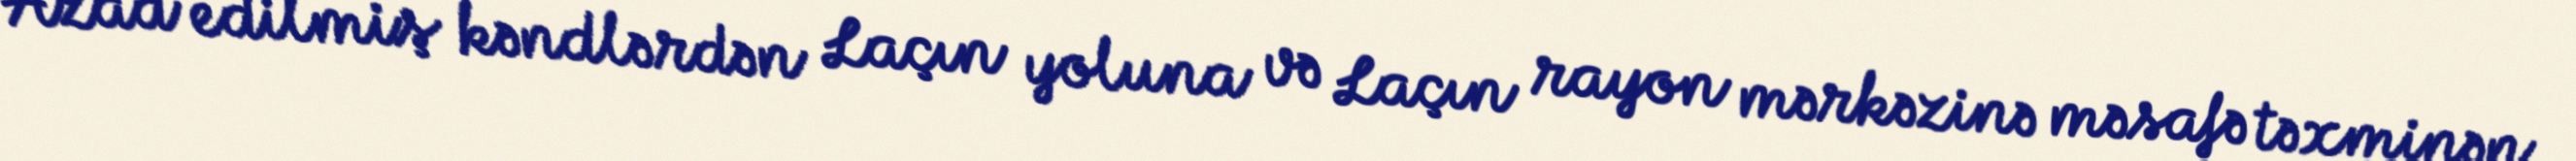
Azad edilmiş kəndlərdən Laçın yoluna və Laçın rayon mərkəzinə məsafə təxminən